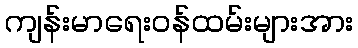
ကျန်းမာရေးဝန်ထမ်းများအား